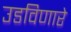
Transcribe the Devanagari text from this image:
उडविणारे